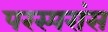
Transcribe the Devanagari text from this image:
परस्परांस